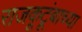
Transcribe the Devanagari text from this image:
राजकूटूंबाच्या